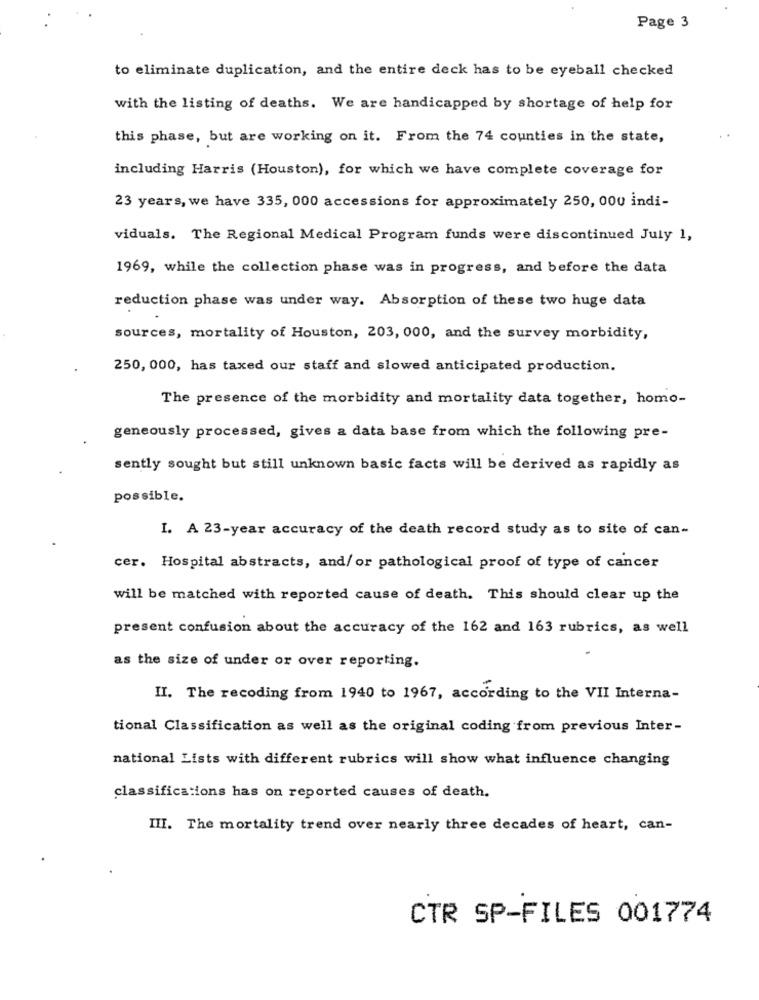
Page 3
to eliminate duplication, and the entire deck has to be eyeball checked
with the listing of deaths. We are handicapped by shortage of help for
this phase, but are working on it. From the 74 counties in the state,
including Harris (Houston), for which we have complete coverage for
23 years, we have 335, 000 accessions for approximately 250, 000 indi-
viduals. The Regional Medical Program funds were discontinued July 1,
1969, while the collection phase was in progress, and before the data
reduction phase was under way. Absorption of these two huge data
sources, mortality of Houston, 203, 000, and the survey morbidity,
250, 000, has taxed our staff and slowed anticipated production.
The presence of the morbidity and mortality data together, homo-
geneously processed, gives a data base from which the following pre-
sently sought but still unknown basic facts will be derived as rapidly as
possible.
I. A 23-year accuracy of the death record study as to site of can-
cer. Hospital abstracts, and/ or pathological proof of type of cancer
will be matched with reported cause of death. This should clear up the
present confusion about the accuracy of the 162 and 163 rubrics, as well
as the size of under or over reporting.
II. The recoding from 1940 to 1967, according to the VII Interna-
tional Classification as well as the original coding from previous Inter-
national Lists with different rubrics will show what influence changing
classifications has on reported causes of death.
III. The mortality trend over nearly three decades of heart, can-
CTR SP-FILES 001774